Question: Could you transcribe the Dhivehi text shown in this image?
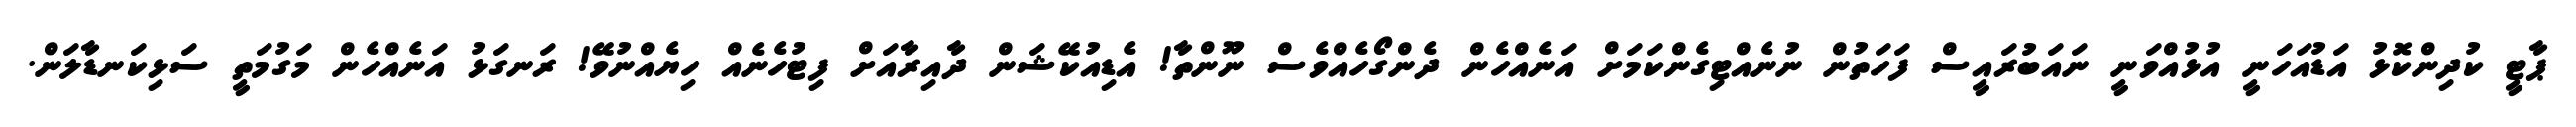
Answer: ޕާޓީ ކުދިންކޮޅު އަޑުއަހަނީ އުޅުއްވަނީ ނައަބުރައީސް ފަހަތުން ނުނެއްޓިގެންކަމަށް އަނެއްހެން ދެންގޯހެއްވެސް ނޫންތާ! އެޑިއުކޭޝަން ދާއިރާއަށް ފިޓުހެނެއް ހިޔެއްނުވޭ! ރަނގަޅު އަނެއްހެން މަގުމަތީ ސަޅިކަނޑާލަން.